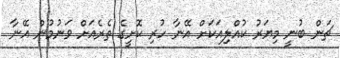
ޗަން ބުނީ މިޔަރު ކުއްލިއަކަށް އޭނާ ހުރި ކޮށީގެ ތެރެއަށް ވަނުމުން އޭނާ